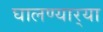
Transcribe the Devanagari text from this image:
घालण्यार्‍या